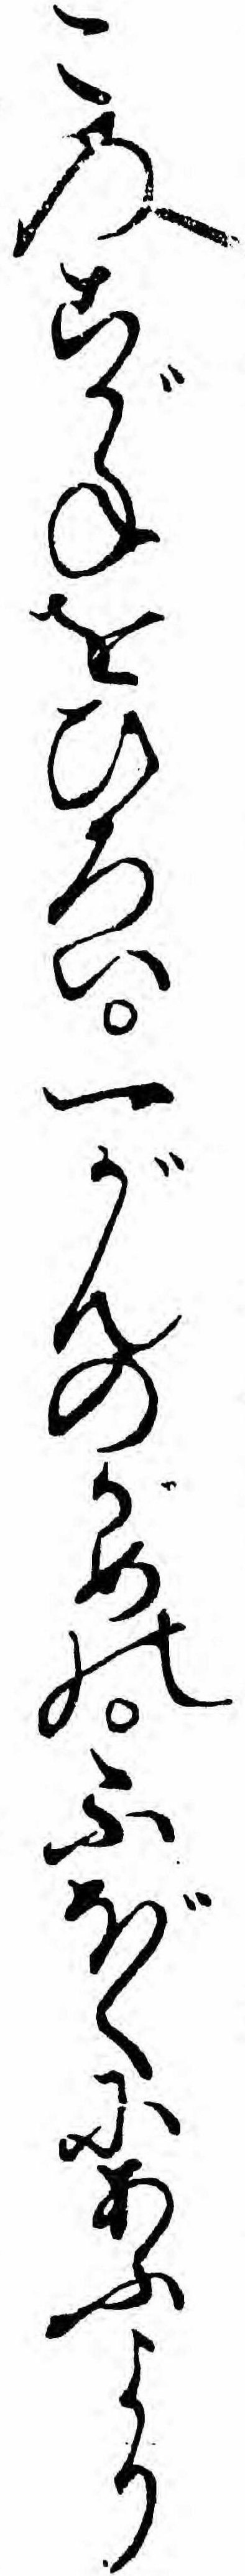
このこがねをひろい一がんのかめのふぼくにあふより